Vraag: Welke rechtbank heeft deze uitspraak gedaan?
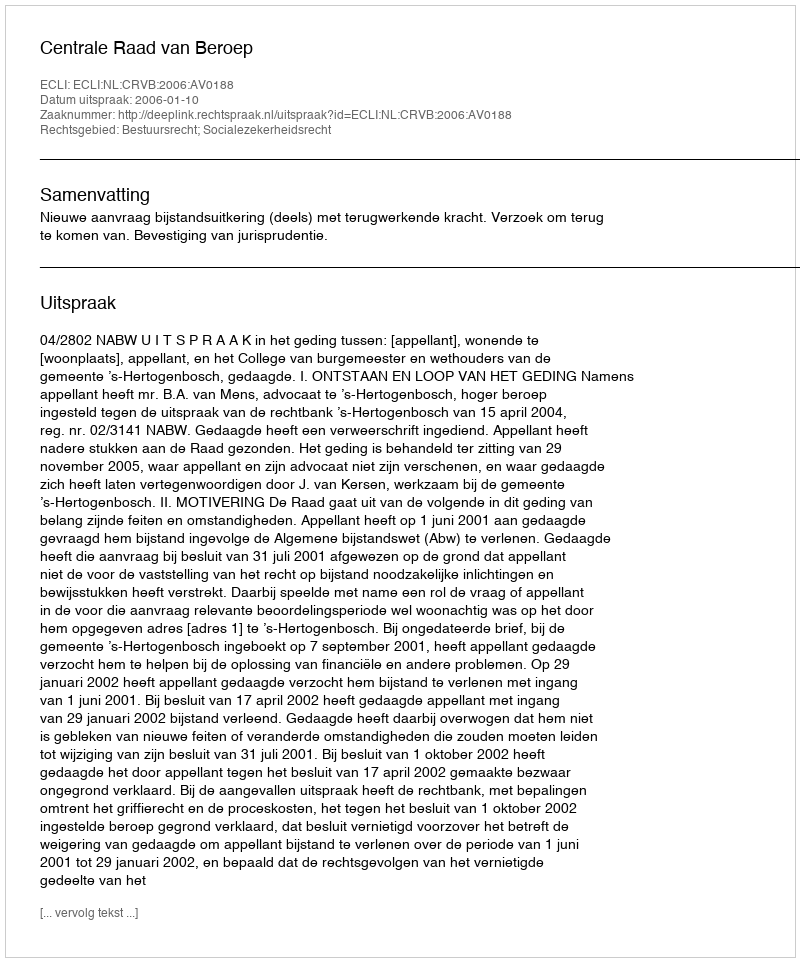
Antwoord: Centrale Raad van Beroep